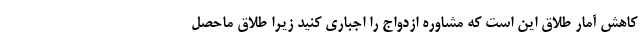
کاهش آمار طلاق این است که مشاوره ازدواج را اجباری کنید زیرا طلاق ماحصل